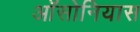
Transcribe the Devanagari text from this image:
ऑसोनियास